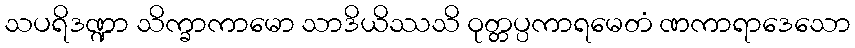
သပရိဒဏ္ဍာ သိက္ခာကာမော သာဒိယိဿသိ ဝုတ္တပ္ပကာရမေတံ ဏကာရာဒေသော